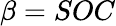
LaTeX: \beta=SOC